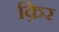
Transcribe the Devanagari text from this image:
क़िर